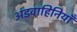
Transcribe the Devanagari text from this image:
अंडवाहिनियाँ